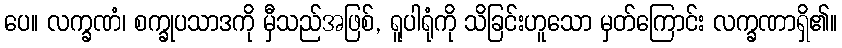
ပေ။ လက္ခဏံ၊ စက္ခုပသာဒကို မှီသည်အဖြစ်, ရူပါရုံကို သိခြင်းဟူသော မှတ်ကြောင်း လက္ခဏာရှိ၏။